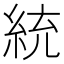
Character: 統